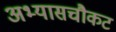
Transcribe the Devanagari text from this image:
अभ्यासचौकट